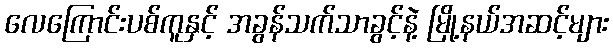
လေကြောင်းပစ်ကူနှင့် အခွန်သက်သာခွင့်နဲ့ မြို့နယ်အဆင့်များ